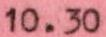
10.30